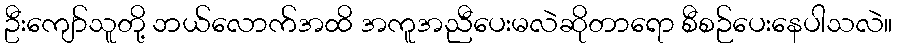
ဦးကျော်သူတို့ ဘယ်လောက်အထိ အကူအညီပေးမလဲဆိုတာရော စီစဉ်ပေးနေပါသလဲ။